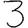
Digit: 3